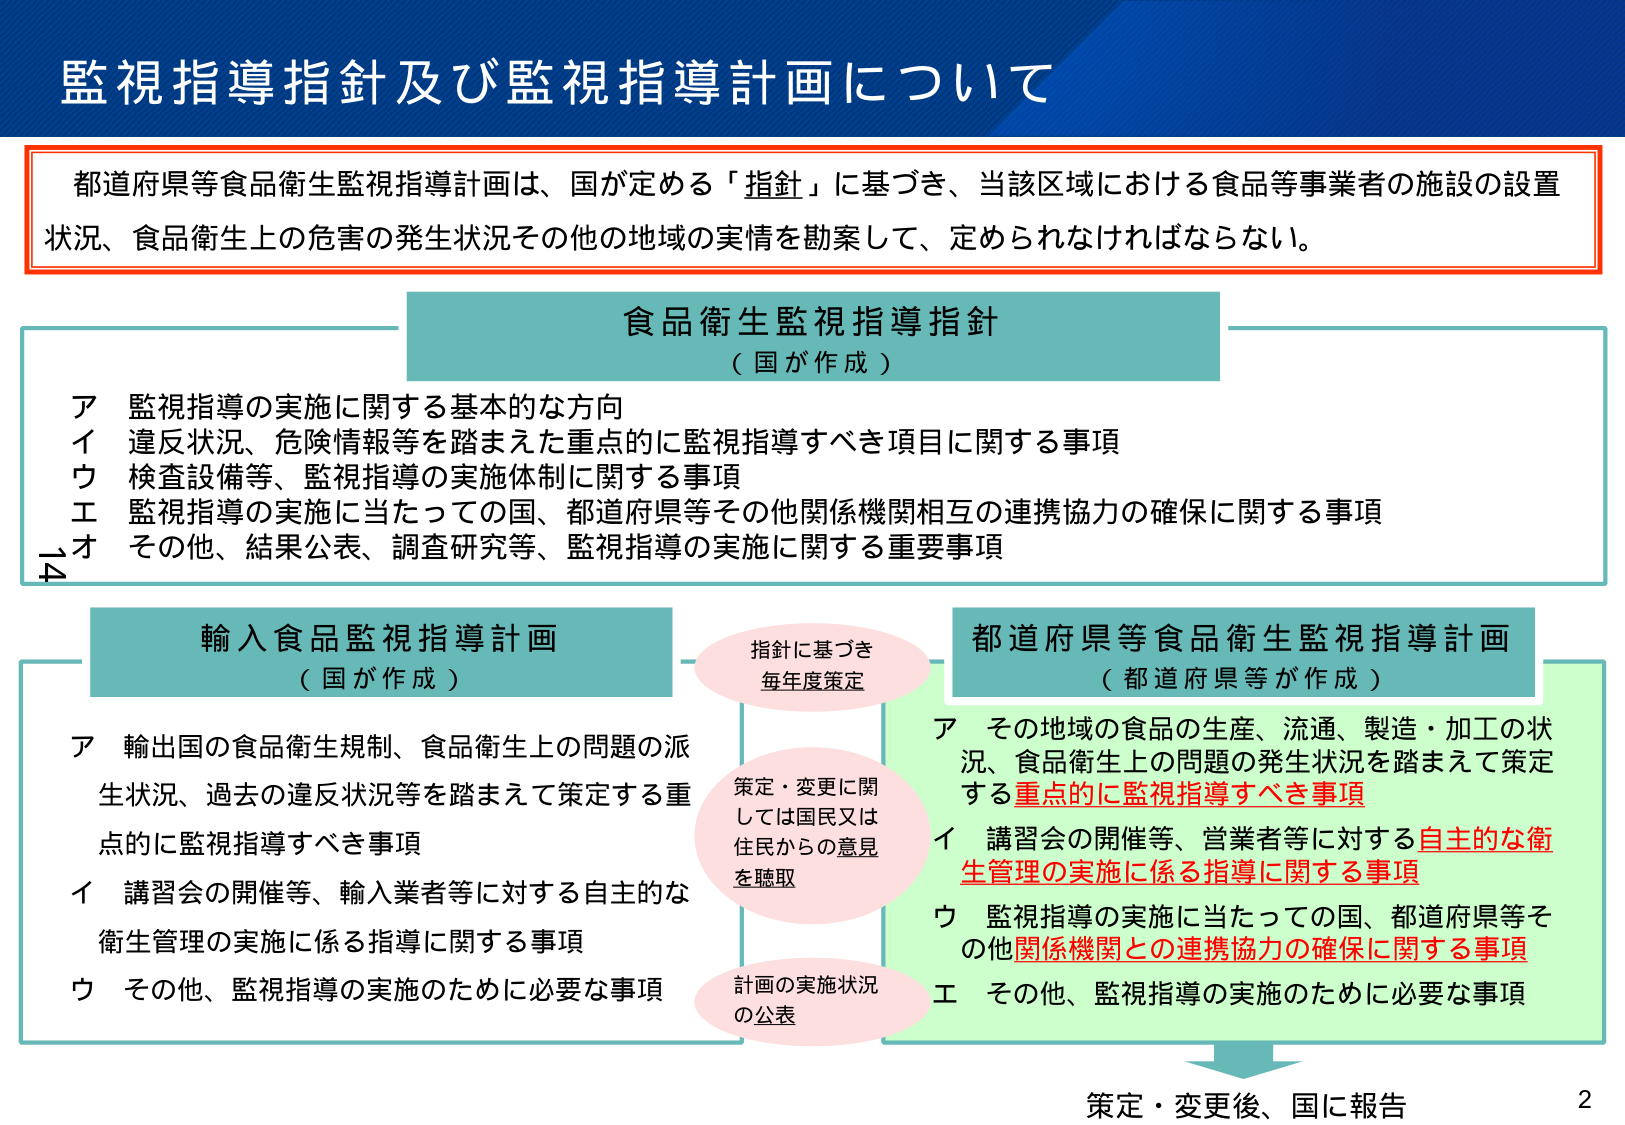
監視指導指針及び監視指導計画について

都道府県等食品衛生監視指導計画は、国が定める「指針」に基づき、当該区域における食品等事業者の施設の設置状況、食品衛生上の危害の発生状況その他の地域の実情を勘案して、定められなければならない。

食品衛生監視指導指針
（国が作成）

ア 監視指導の実施に関する基本的な方向
イ 違反状況、危険情報等を踏まえた重点的に監視指導すべき項目に関する事項
ウ 検査設備等、監視指導の実施体制に関する事項
エ 監視指導の実施に当たっての国、都道府県等その他関係機関相互の連携協力の確保に関する事項
オ その他、結果公表、調査研究等、監視指導の実施に関する重要事項

輸入食品監視指導計画
（国が作成）

ア 輸出国の食品衛生規制、食品衛生上の問題の派生状況、過去の違反状況等を踏まえて策定する重点的に監視指導すべき事項
イ 講習会の開催等、輸入業者等に対する自主的な衛生管理の実施に係る指導に関する事項
ウ その他、監視指導の実施のために必要な事項

指針に基づき
毎年度策定

策定・変更に関しては国民又は住民からの意見を聴取

計画の実施状況の公表

都道府県等食品衛生監視指導計画
（都道府県等が作成）

ア その地域の食品の生産、流通、製造・加工の状況、食品衛生上の問題の発生状況を踏まえて策定する重点的に監視指導すべき事項
イ 講習会の開催等、営業者等に対する自主的な衛生管理の実施に係る指導に関する事項
ウ 監視指導の実施に当たっての国、都道府県等その他関係機関との連携協力の確保に関する事項
エ その他、監視指導の実施のために必要な事項

策定・変更後、国に報告

2